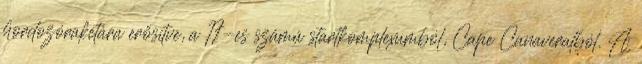
hordozórakétára erősítve, a 17-es számú startkomplexumból, Cape Canaveralból. A